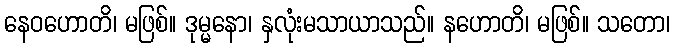
နေဝဟောတိ၊ မဖြစ်။ ဒုမ္မနော၊ နှလုံးမသာယာသည်။ နဟောတိ၊ မဖြစ်။ သတော၊